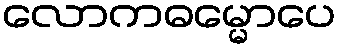
လောကဓမ္မောပေ